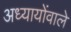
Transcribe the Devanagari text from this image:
अध्यायोंवाले